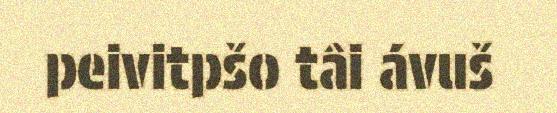
peivitpšo tâi ávuš